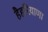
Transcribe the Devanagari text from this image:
हैहरियाणा